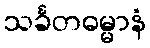
သင်္ခတဓမ္မာနံ